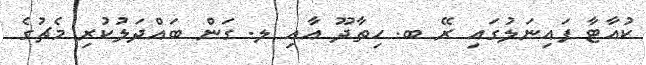
ކުއާޓާ ފައިނަލުގައި ރޭ ބ. ހިތާދޫ އާއި ލ. ގަން ބައްދަލުކުރި މެޗުގެ